Vaccination in the Punjab 1883-1896 - 1883-1896
Year: 1883
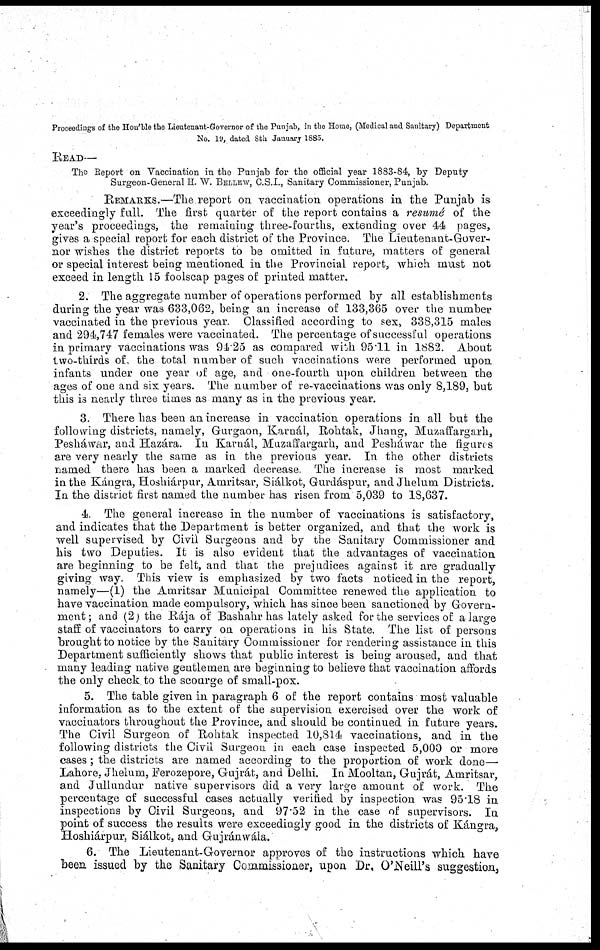
Proceedings of the Hou'ble the Lieutenant-Governor of the Punjab, in the Home, (Medical and Sanitary) Department
No.19, dated 8th January 1885.
READ—
The Report on Vaccination in the Punjab for the official year 1883-84, by Deputy
Surgeon-General H. W. BELLEW, C.S.I., Sanitary Commissioner, Punjab.
REMARKS.—The report on vaccination operations in the Punjab is
exceedingly full. The first quarter of the report contains a resumé of the
year's proceedings, the remaining three-fourths, extending over 44 pages,
gives a special report for each district of the Province. The Lieutenant-Gover-
nor wishes the district reports to be omitted in future, matters of general
or special interest being mentioned in the Provincial report, which must not
exceed in length 15 foolscap pages of printed matter.
2. The aggregate number of operations performed by all establishments
during the year was 633,062, being an increase of 133,365 over the number
vaccinated in the previous year. Classified according to sex, 338,315 males
and 294,747 females were vaccinated. The percentage of successful operations
in primary vaccinations was 91.25 as compared with 95.11 in 1882. About
two-thirds of. the total number of such vaccinations were performed upon
infants under one year of age, and one-fourth upon children between the
ages of one and six years. The number of re-vaccinations was only 8,189, but
this is nearly three times as many as in the previous year.
3. There has been an increase in vaccination operations in all but the
following districts, namely, Gurgaon, Karnál, Rohtak, Jhang, Muzaffargarh,
Pesháwar, and Hazára. In Karnál, Muzaffargarh, and Pesháwar the figures
are very nearly the same as in the previous year. In the other districts
named there has been a marked decrease. The increase is most marked
in the Kángra, Hoshiárpur, Amritsar, Siálkot, Gurdáspur, and Jhelum Districts.
In the district first named the number has risen from 5,039 to 18,637.
4. The general increase in the number of vaccinations is satisfactory,
and indicates that the Department is better organized, and that the work is
well supervised by Civil Surgeons and by the Sanitary Commissioner and
his two Deputies. It is also evident that the advantages of vaccination
are beginning to be felt, and that the prejudices against it are gradually
giving way. This view is emphasized by two facts noticed in the report,
namely—(1) the Amritsar Municipal Committee renewed the application to
have vaccination made compulsory, which has since been sanctioned by Govern-
ment; and (2) the Rája of Bashahr has lately asked for the services of a large
staff of vaccinators to carry on operations in his State. The list of persons
brought to notice by the Sanitary Commissioner for rendering assistance in this
Department sufficiently shows that public interest is being aroused, and that
many leading native gentlemen are beginning to believe that vaccination affords
the only check to the scourge of small-pox.
5. The table given in paragraph 6 of the report contains most valuable
information as to the extent of the supervision exercised over the work of
vaccinators throughout the Province, and should be continued in future years.
The Civil Surgeon of Rohtak inspected 10,814 vaccinations, and in the
following districts the Civil Surgeon in each case inspected 5,000 or more
cases ; the districts are named according to the proportion of work done—
Lahore, Jhelum, Ferozepore, Gujrát, and Delhi. In Mooltan, Gujrát, Amritsar,
and Jullundur native supervisors did a very large amount of work. The
percentage of successful cases actually verified by inspection was 95.18 in
inspections by Civil Surgeons, and 97.52 in the case of supervisors. In
point of success the results were exceedingly good in the districts of Kángra,
Hoshiárpur, Siálkot, and Gujránwála.
6. The Lieutenant-Governor approves of the instructions which have
been issued by the Sanitary Commissioner, upon Dr, O'Neill's suggestion,